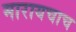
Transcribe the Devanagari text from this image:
मारायचाच